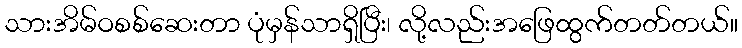
သားအိမ်ဝစစ်ဆေးတာ ပုံမှန်သာရှိပြီး၊ လို့လည်းအဖြေထွက်တတ်တယ်။